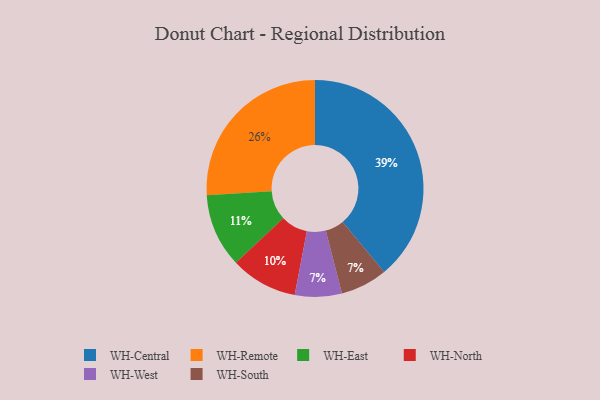
{"axis": {"x": "Category", "y": "Percentage"}, "legend": ["WH-Central", "WH-East", "WH-North", "WH-Remote", "WH-South", "WH-West"], "data": [{"x": "WH-West", "y": 7, "type": "WH-West"}, {"x": "WH-North", "y": 10, "type": "WH-North"}, {"x": "WH-South", "y": 7, "type": "WH-South"}, {"x": "WH-Remote", "y": 26, "type": "WH-Remote"}, {"x": "WH-Central", "y": 39, "type": "WH-Central"}, {"x": "WH-East", "y": 11, "type": "WH-East"}]}